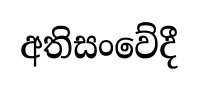
අතිසංවේදී